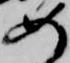
如